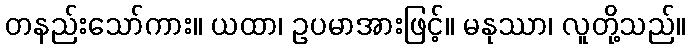
တနည်းသော်ကား။ ယထာ၊ ဥပမာအားဖြင့်။ မနုဿာ၊ လူတို့သည်။